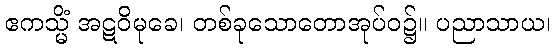
ဧကသ္မိံ အဋဝိမုခေ၊ တစ်ခုသောတောအုပ်ဝ၌။ ပညာသာယ၊